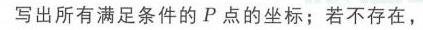
写出所有满足条件的\(P\)点的坐标；若不存在，